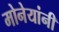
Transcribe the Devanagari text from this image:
मोनेयांनी